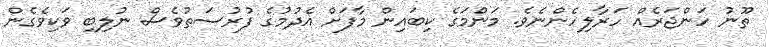
ތޫނު ހަންޖަރެއް ހަރާލިހެންނެވެ. މަންމަގެ ކިބައިން މާފަށް އެދުމުގެ ފުރުސަތުވެސް ނުލިބި ވަކިވެގެން